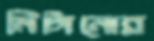
মিটানোর